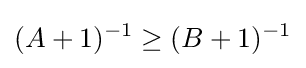
(A+1)^{-1}\geq (B+1)^{-1}